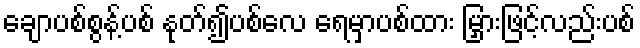
ချောပစ်စွန့်ပစ် နုတ်၍ပစ်လေ ရေမှာပစ်ထား မြှားဖြင့်လည်းပစ်